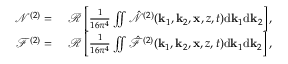
\begin{array} { r l } { \mathcal { N } ^ { ( 2 ) } = ~ } & { \mathcal { R } \left[ \frac { 1 } { 1 6 \pi ^ { 4 } } \iint \hat { \mathcal { N } } ^ { ( 2 ) } ( \mathbf { k } _ { 1 } , \mathbf { k } _ { 2 } , \mathbf { x } , z , t ) \mathrm { d } \mathbf { k } _ { 1 } \mathrm { d } \mathbf { k } _ { 2 } \right] , } \\ { \mathcal { F } ^ { ( 2 ) } = ~ } & { \mathcal { R } \left[ \frac { 1 } { 1 6 \pi ^ { 4 } } \iint \hat { \mathcal { F } } ^ { ( 2 ) } ( \mathbf { k } _ { 1 } , \mathbf { k } _ { 2 } , \mathbf { x } , z , t ) \mathrm { d } \mathbf { k } _ { 1 } \mathrm { d } \mathbf { k } _ { 2 } \right] , } \end{array}